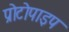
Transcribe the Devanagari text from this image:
प्रोटोपाइप